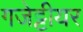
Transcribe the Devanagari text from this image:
गजेट्टीयर